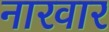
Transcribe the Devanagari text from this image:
नारवार